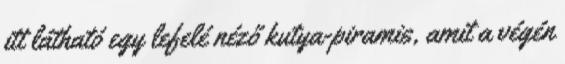
itt látható egy lefelé néző kutya-piramis, amit a végén